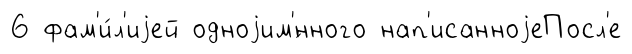
6 фам'и́л'иjей одноjим'́нного нап'исанноjеПосл'е